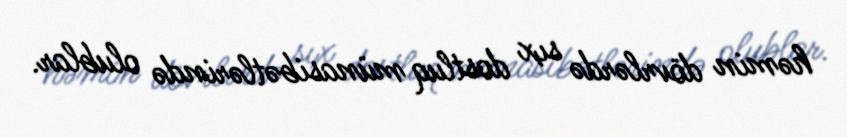
həmin dövrlərdə sıx dostluq münasibətlərində olublar.